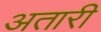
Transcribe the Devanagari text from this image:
अतारी